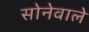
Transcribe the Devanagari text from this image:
सोनेवाले